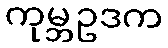
ကုမ္ဘဥဒက